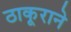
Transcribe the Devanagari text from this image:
ठाकूराने